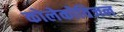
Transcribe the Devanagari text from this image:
कोलेकोविजन